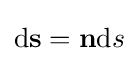
\mathrm {d} \mathbf {s} ={\mathbf {n} }\mathrm {d} s